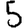
Digit: 5